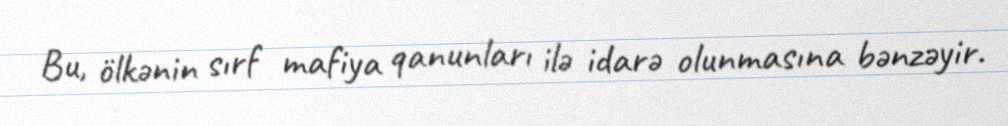
Bu, ölkənin sırf mafiya qanunları ilə idarə olunmasına bənzəyir.